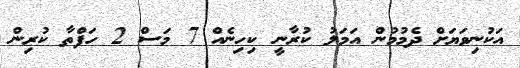
އަކުނިވަޔަށް ދެމުމުން އަމަލު ކުރާނީ ކިހިނެއް 7 މަސް 2 ހަފްތާ ކުރިން